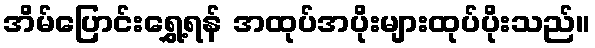
အိမ်ပြောင်းရွှေ့ရန် အထုပ်အပိုးများထုပ်ပိုးသည်။